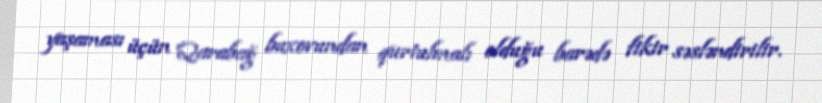
yaşaması üçün Qarabağ buxovundan qurtulmalı olduğu barədə fikir səsləndirilir.